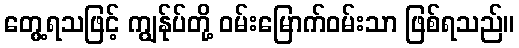
တွေ့ရသဖြင့် ကျွန်ုပ်တို့ ဝမ်းမြောက်ဝမ်းသာ ဖြစ်ရသည်။